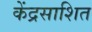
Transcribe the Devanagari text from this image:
केंद्रसाशित